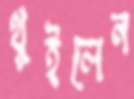
থুইলেন